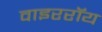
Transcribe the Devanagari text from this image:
वाइररॉय